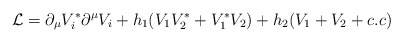
\begin{align*}{\cal L}=\partial_\mu V^* _i\partial^\mu V_i+h_1(V_1V^* _2+V^* _1V_2)+h_2(V_1+V_2 +c.c)\end{align*}